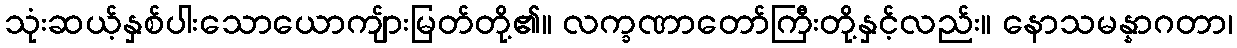
သုံးဆယ့်နှစ်ပါးသောယောကျ်ားမြတ်တို့၏။ လက္ခဏာတော်ကြီးတို့နှင့်လည်း။ နောသမန္နာဂတာ၊